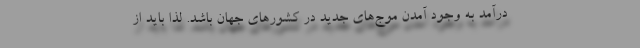
درآمد به وجود آمدن موج‌های جدید در کشورهای جهان باشد. لذا باید از